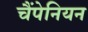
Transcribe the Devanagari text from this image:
चैंपेनियन